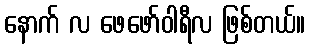
နောက် လ ဖေဖော်ဝါရီလ ဖြစ်တယ်။